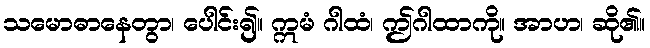
သမောဓာနေတွာ၊ ပေါင်း၍။ ဣမံ ဂါထံ၊ ဤဂါထာကို။ အာဟ၊ ဆို၏။